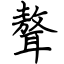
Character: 聱